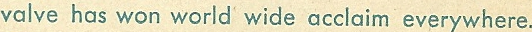
valve has won world wide acclaim everywhere.